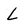
Character: L